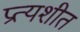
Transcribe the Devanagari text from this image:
प्रत्यशीत